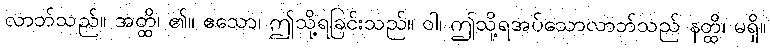
လာဘ်သည်။ အတ္ထိ၊ ၏။ ဧသော၊ ဤသို့ရခြင်းသည်။ ဝါ၊ ဤသို့ရအပ်သောလာဘ်သည် နတ္ထိ၊ မရှိ။